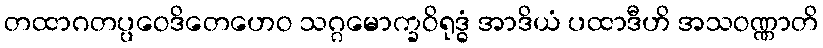
တထာဂတပ္ပဝေဒိတေဟေဝ သဂ္ဂမောက္ခဝိရုဒ္ဓံ အာဒိယံ ပထာဒီဟိ အသဝဏ္ဏာတိ